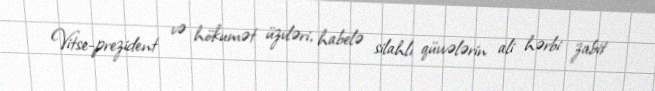
Vitse-prezident və hökumət üzvləri, habelə silahlı qüvvələrin ali hərbi zabit